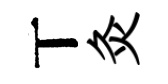
丅灸